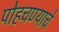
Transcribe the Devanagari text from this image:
पोहचण्याचे